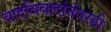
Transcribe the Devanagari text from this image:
वादविवादांनंतरही